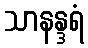
သာနန္ဒရံ